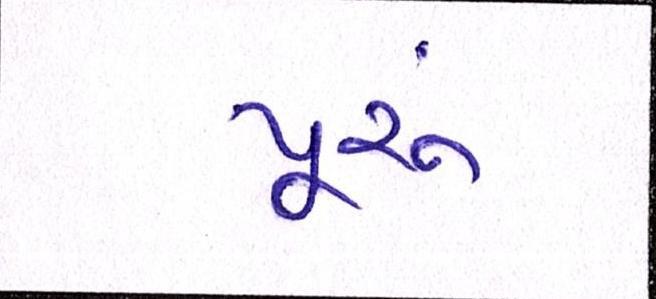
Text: પૂ્રું